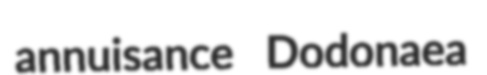
annuisance Dodonaea